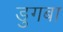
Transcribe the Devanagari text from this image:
डुगबा